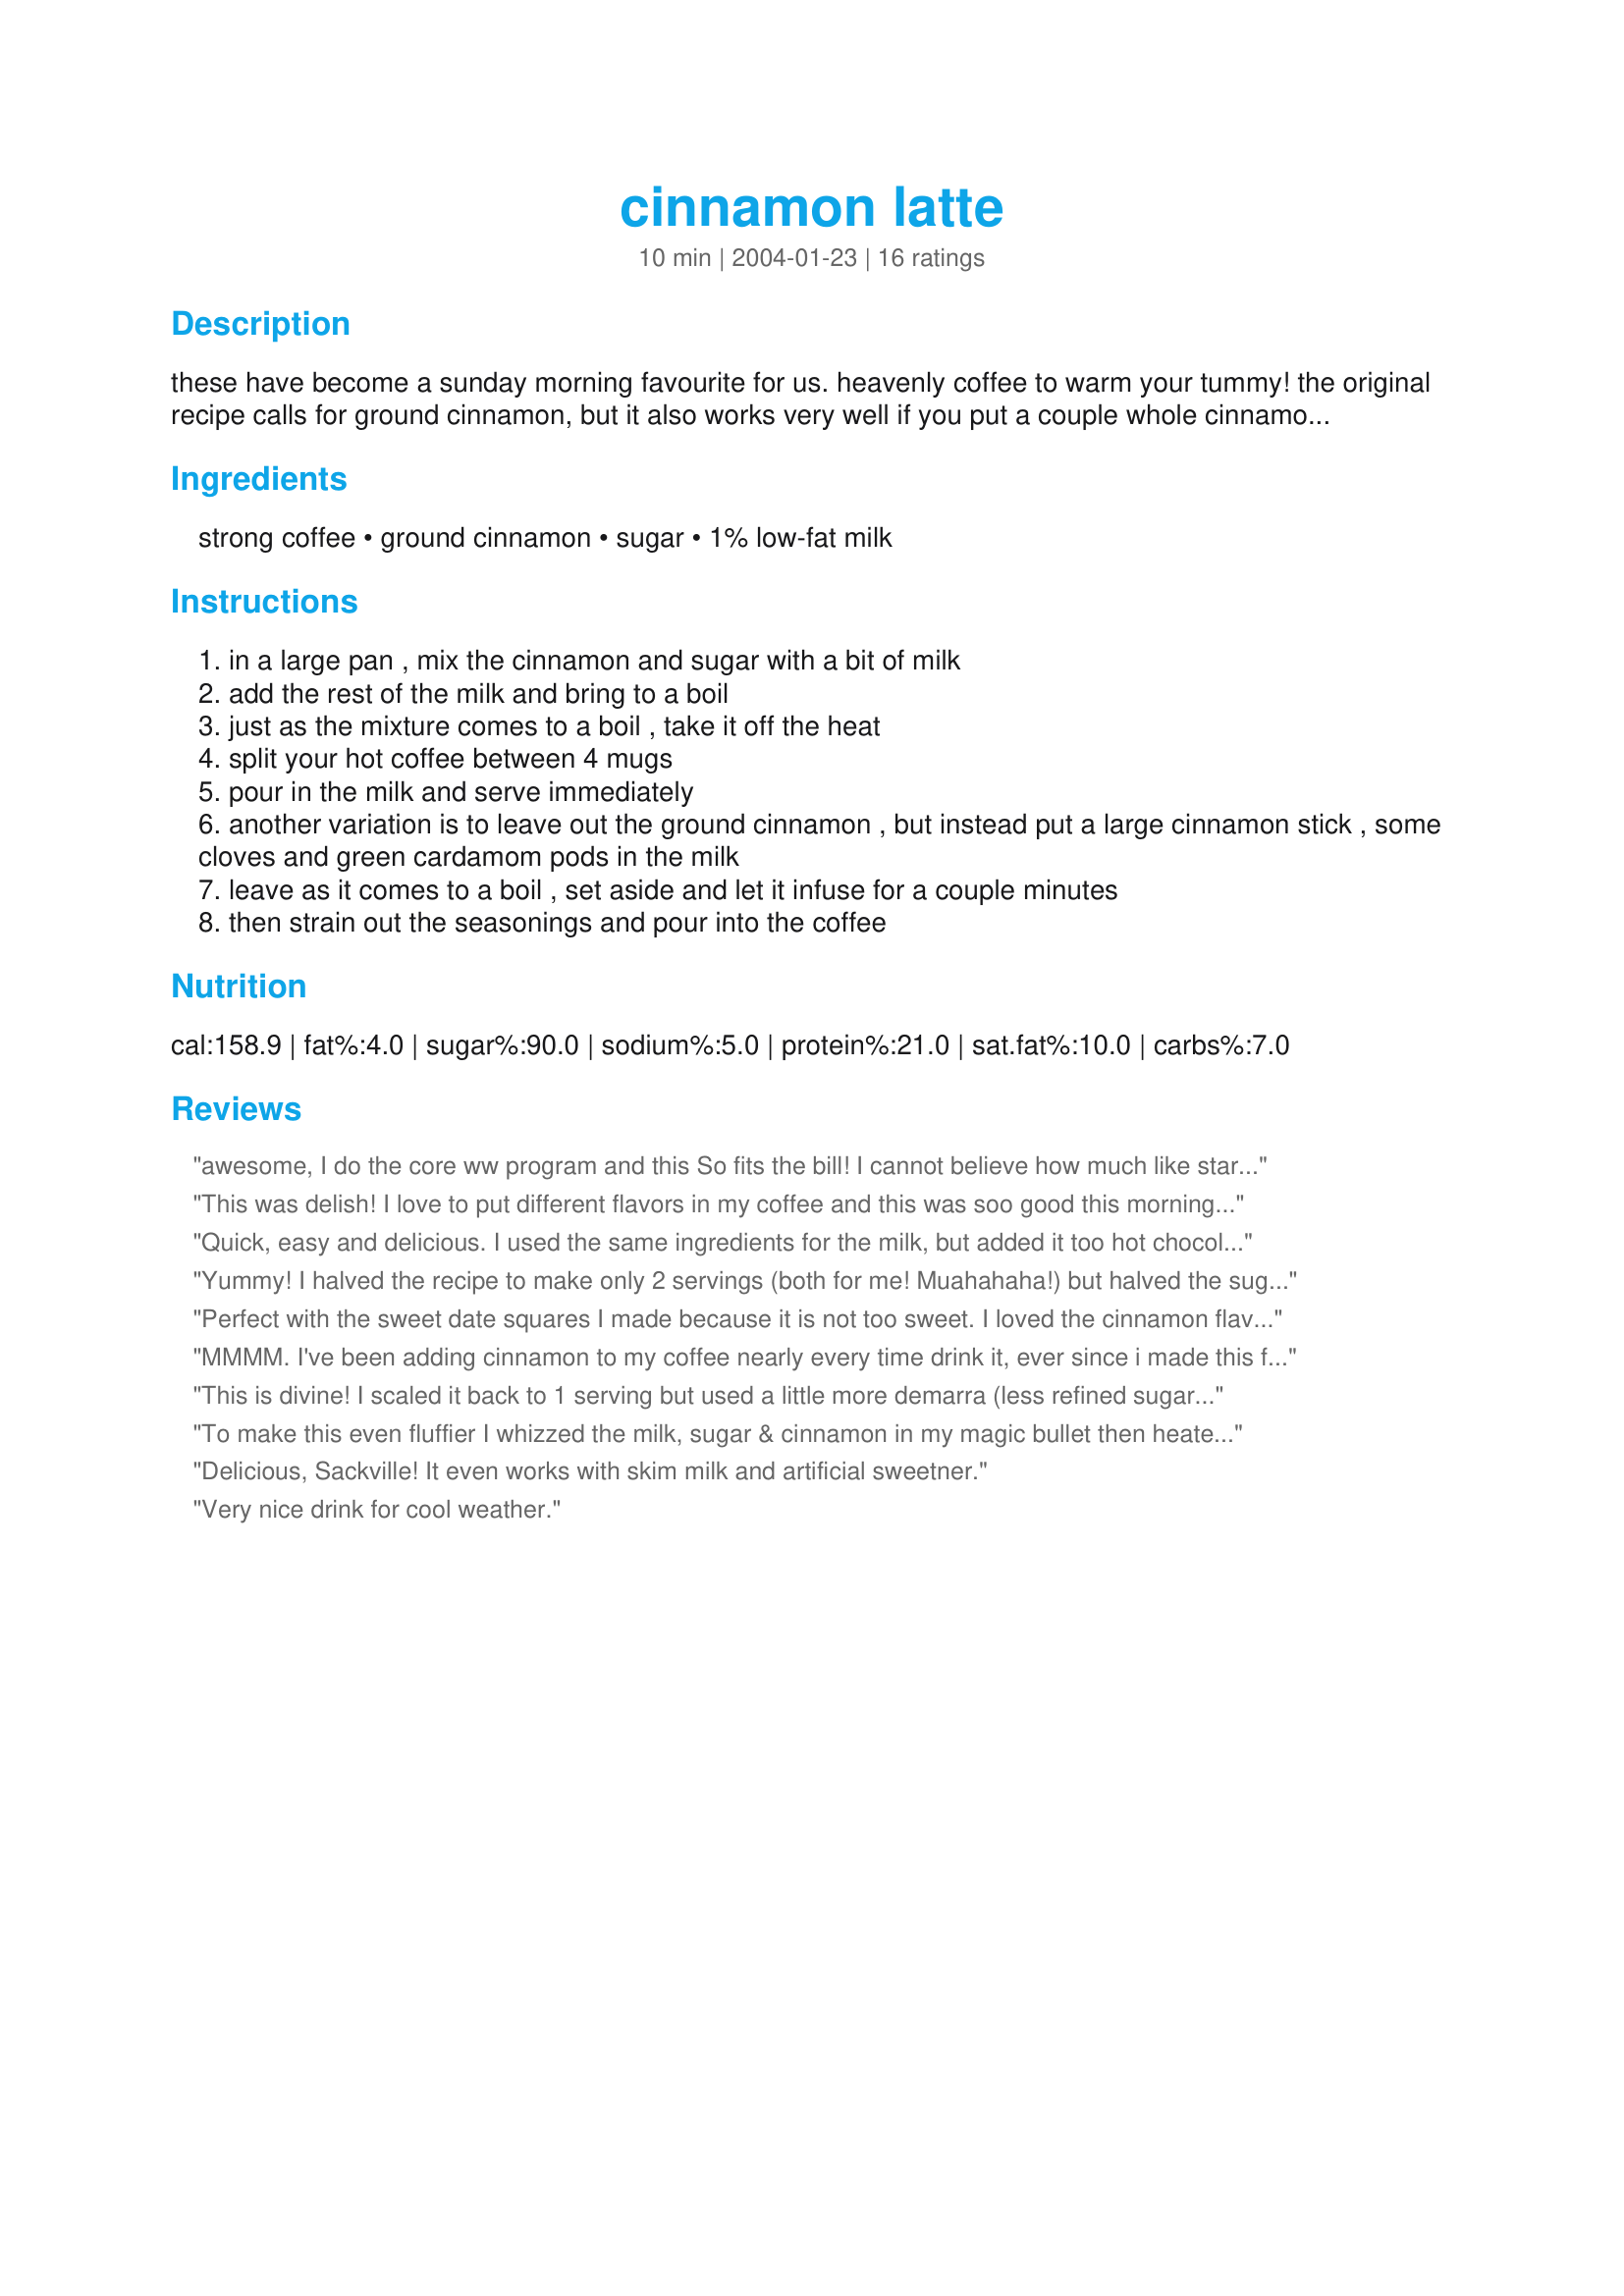
cinnamon latte
Preparation time: 10 minutes

these have become a sunday morning favourite for us. heavenly coffee to warm your tummy! the original recipe calls for ground cinnamon, but it also works very well if you put a couple whole cinnamon sticks or pieces of cinnamon bark in the cold milk. it will infuse the milk as it comes to a boil.

Ingredients:
strong coffee, ground cinnamon, sugar, 1% low-fat milk

Steps:
in a large pan , mix the cinnamon and sugar with a bit of milk
add the rest of the milk and bring to a boil
just as the mixture comes to a boil , take it off the heat
split your hot coffee between 4 mugs
pour in the milk and serve immediately
another variation is to leave out the ground cinnamon , but instead put a large cinnamon stick , some cloves and green cardamom pods in the milk
leave as it comes to a boil , set aside and let it infuse for a couple minutes
then strain out the seasonings and pour into the coffee

Reviews:
awesome, I do the core ww program and this So fits the bill! I cannot believe how much like starbucks this thing tastes (the cinnamon dulce latte.) You rock, thanks for the great recipe!!
This was delish! I love to put different flavors in my coffee and this was soo good this morning with a fresh blueberry muffin. It made a wonderful morning treat. Thanks!
Quick, easy and delicious.

I used the same ingredients for the milk, but added it too hot chocolate for my kids and they loved it. Thank you for sharing this recipe
Yummy! I halved the recipe to make only 2 servings (both for me! Muahahaha!) but halved the sugar again because I usually take my coffee with no sugar. Easy, soul-warming and delicious. Now, I just wish I had some whipped cream... fabulous recipe, will definitely make again. Thanks for posting.
Perfect with the sweet date squares I made because it is not too sweet. I loved the cinnamon flavour. I made it double the amount of fresh ground cinnamon and would like to try the other variation next time. I used instant coffee and rice milk but did not boil the milk because separation seems to occur from previous experience. I will definitely make this and the other variation again.
MMMM. I've been adding cinnamon to my coffee nearly every time drink it, ever since i made this for the first time last week. Your recipe is great as is but i've played with it a bit because i normally don't take much milk.

In the micro I heat about 1/4 cup of milk with 1/2 tsp cinnamon for about 20 seconds, stir, add no cal sweetner and mix with a large cup of already brewed coffee.
This is divine! I scaled it back to 1 serving but used a little more demarra (less refined sugar) then called for because I like mine very sweet. I used skim milk (but a super thick type from a local dairy) and instant coffee (yes, I am that type!) and it is wonderful. I may try it with a mocha hot cocoa I have (leaving off the original sugar) to make a mocha latte. Thanks for such a lovely drink on our first cool morning of the season!
To make this even fluffier I whizzed the milk, sugar & cinnamon in my magic bullet then heated it in the microwave while I made the coffee. Excellent any time of day for a treat. Thanks for a 'keeper' :)
Delicious, Sackville! It even works with skim milk and artificial sweetner.
Very nice drink for cool weather.
This was a pretty good latte. The only thing I did different was to add more sugar. 

Thanks Sackville. 

Bullwinkle.
Very good, thanks for the recipe. I tried a latte for the first time yesterday at Starbucks and I have been wanting another all day :)
Yummy and comforting! Loved it, thanks so much.
We have been drinking this lovely warming drink everyday for the last week or so with our predawn Ramadaan breakfast. I made at times with cinnamon powder, at other times with rolled cinnomon bark and cinnamon powder and again with cinnamon powder, cinnamon bark and green cardamom. This is a realy good and versertil recipe.
very good. I like my coffee sweet so added a bith more sugar and cinnamon for intensity.
Extremely simple to prepare, and delicious! Thanks for a quick morning treat idea.
